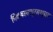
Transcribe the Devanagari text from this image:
चिकबल्लपूरमधूनच